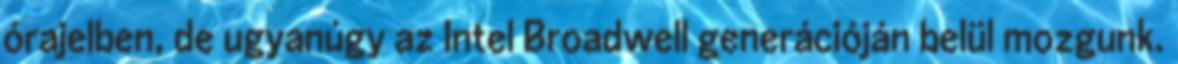
órajelben, de ugyanúgy az Intel Broadwell generációján belül mozgunk.